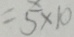
= 5 \times 1 0